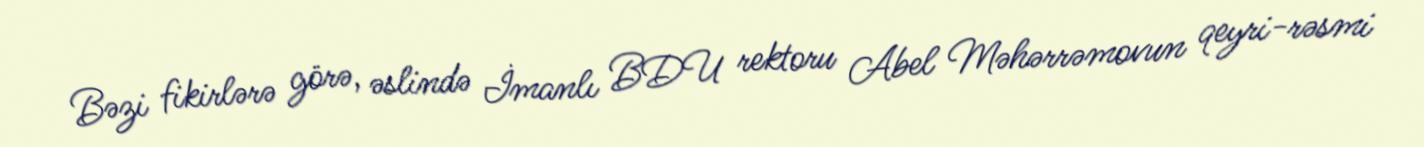
Bəzi fikirlərə görə, əslində İmanlı BDU rektoru Abel Məhərrəmovun qeyri-rəsmi